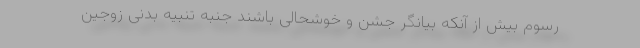
رسوم بیش از آنکه بیانگر جشن و خوشحالی باشند جنبه تنبیه بدنی زوجین